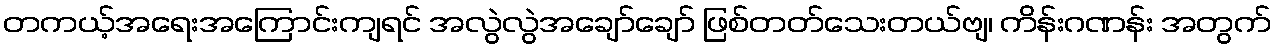
တကယ့်အရေးအကြောင်းကျရင် အလွဲလွဲအချော်ချော် ဖြစ်တတ်သေးတယ်ဗျ၊ ကိန်းဂဏန်း အတွက်